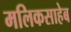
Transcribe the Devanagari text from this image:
मलिकसाहेब